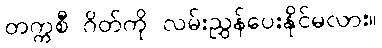
တက္ကစီ ဂိတ်ကို လမ်းညွှန်ပေးနိုင်မလား။